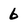
Character: 6